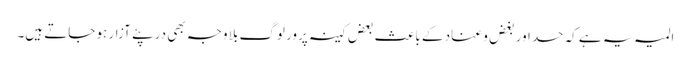
المیہ یہ ہے کہ حسد اور بغض و عناد کے باعث بعض کینہ پرور لوگ بلا وجہ بھی در پئے آزار ہو جاتے ہیں۔